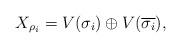
LaTeX: \begin{align*}X_{\rho_i}=V(\sigma_i)\oplus V(\overline{\sigma_i}),\end{align*}